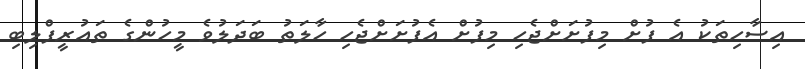
އިސާހިތަކު އެ ފުށް މިފުށަށްޖެހި މިފުށް އެފުށަށްޖެހި ހާލަތު ބަދަލުވެ މީހުންގެ ތައުރީފްލިބި